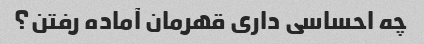
چه احساسی داری قهرمان آماده رفتن؟